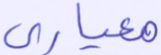
معياري